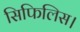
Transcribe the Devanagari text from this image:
सिफिलिस।